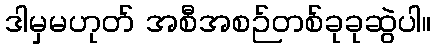
ဒါမှမဟုတ် အစီအစဉ်တစ်ခုခုဆွဲပါ။